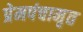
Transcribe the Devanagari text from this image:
प्रेमपंचामृत